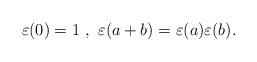
LaTeX: \begin{align*}\varepsilon(0)=1~,~\varepsilon(a+b)=\varepsilon(a)\varepsilon(b).\end{align*}